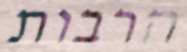
הרבות